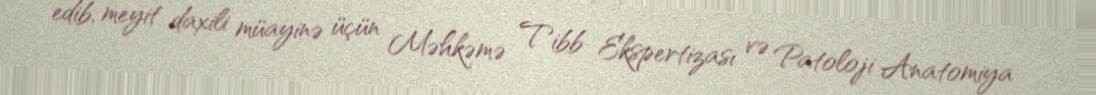
edib, meyit daxili müayinə üçün Məhkəmə Tibb Ekspertizası və Patoloji Anatomiya